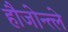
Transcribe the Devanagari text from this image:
हौजोन्त्ले